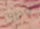
اودري